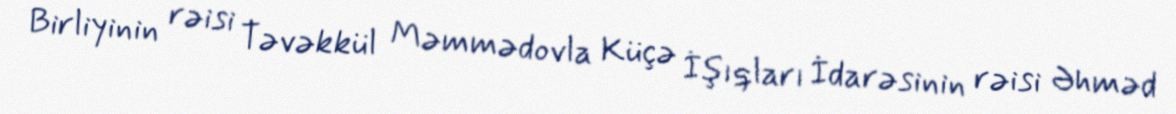
Birliyinin rəisi Təvəkkül Məmmədovla Küçə İşıqları İdarəsinin rəisi Əhməd